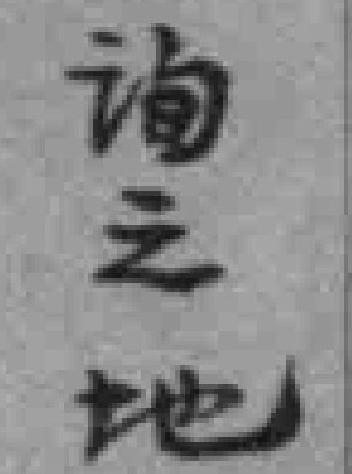
询之地